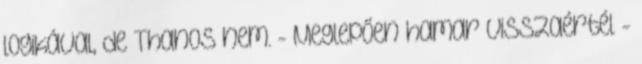
logikával, de Thanos nem. - Meglepően hamar visszaértél -